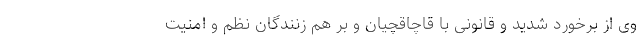
وی از برخورد شدید و قانونی با قاچاقچیان و بر هم زنندگان نظم و امنیت